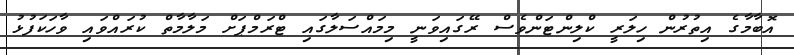
އޮބާމާގެ އިތުރުން ހިލަރީ ކްލިންޓަންވެސް ރޭގައިވަނީ މިމައްސަލާގައި ޓްރަމްޕަށް މަލާމާތް ކުރައްވައި ވާހަކަފުޅު